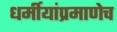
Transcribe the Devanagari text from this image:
धर्मीयांप्रमाणेच